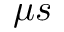
\mu s